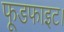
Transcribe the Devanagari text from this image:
फूडफाइट।